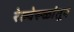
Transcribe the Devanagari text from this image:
रेल्वेरूळांतून